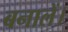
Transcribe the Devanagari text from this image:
बनालें।